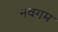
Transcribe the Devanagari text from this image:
नवगम